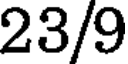
23/9